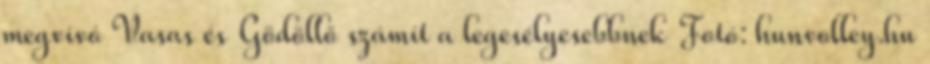
megvívó Vasas és Gödöllő számít a legesélyesebbnek Fotó: hunvolley.hu